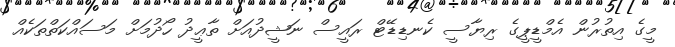
މީގެ އިތުރުން އެމްޑީޕީގެ ރިޔާސީ ކެނޑިޑޭޓް ރައީސް ނަޝީދުއަށް ތާޢީދު ހޯދުމަށް މަސައްކަތްތަކެއް